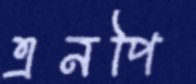
এনপি